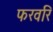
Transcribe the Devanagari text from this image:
फरवरि